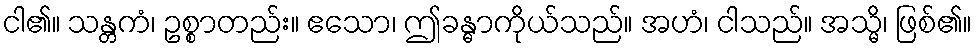
ငါ၏။ သန္တကံ၊ ဥစ္စာတည်း။ ဧသော၊ ဤခန္ဓာကိုယ်သည်။ အဟံ၊ ငါသည်။ အသ္မိ၊ ဖြစ်၏။